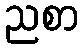
ညစာ